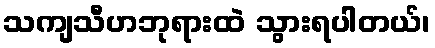
သကျသီဟဘုရားထဲ သွားရပါတယ်၊